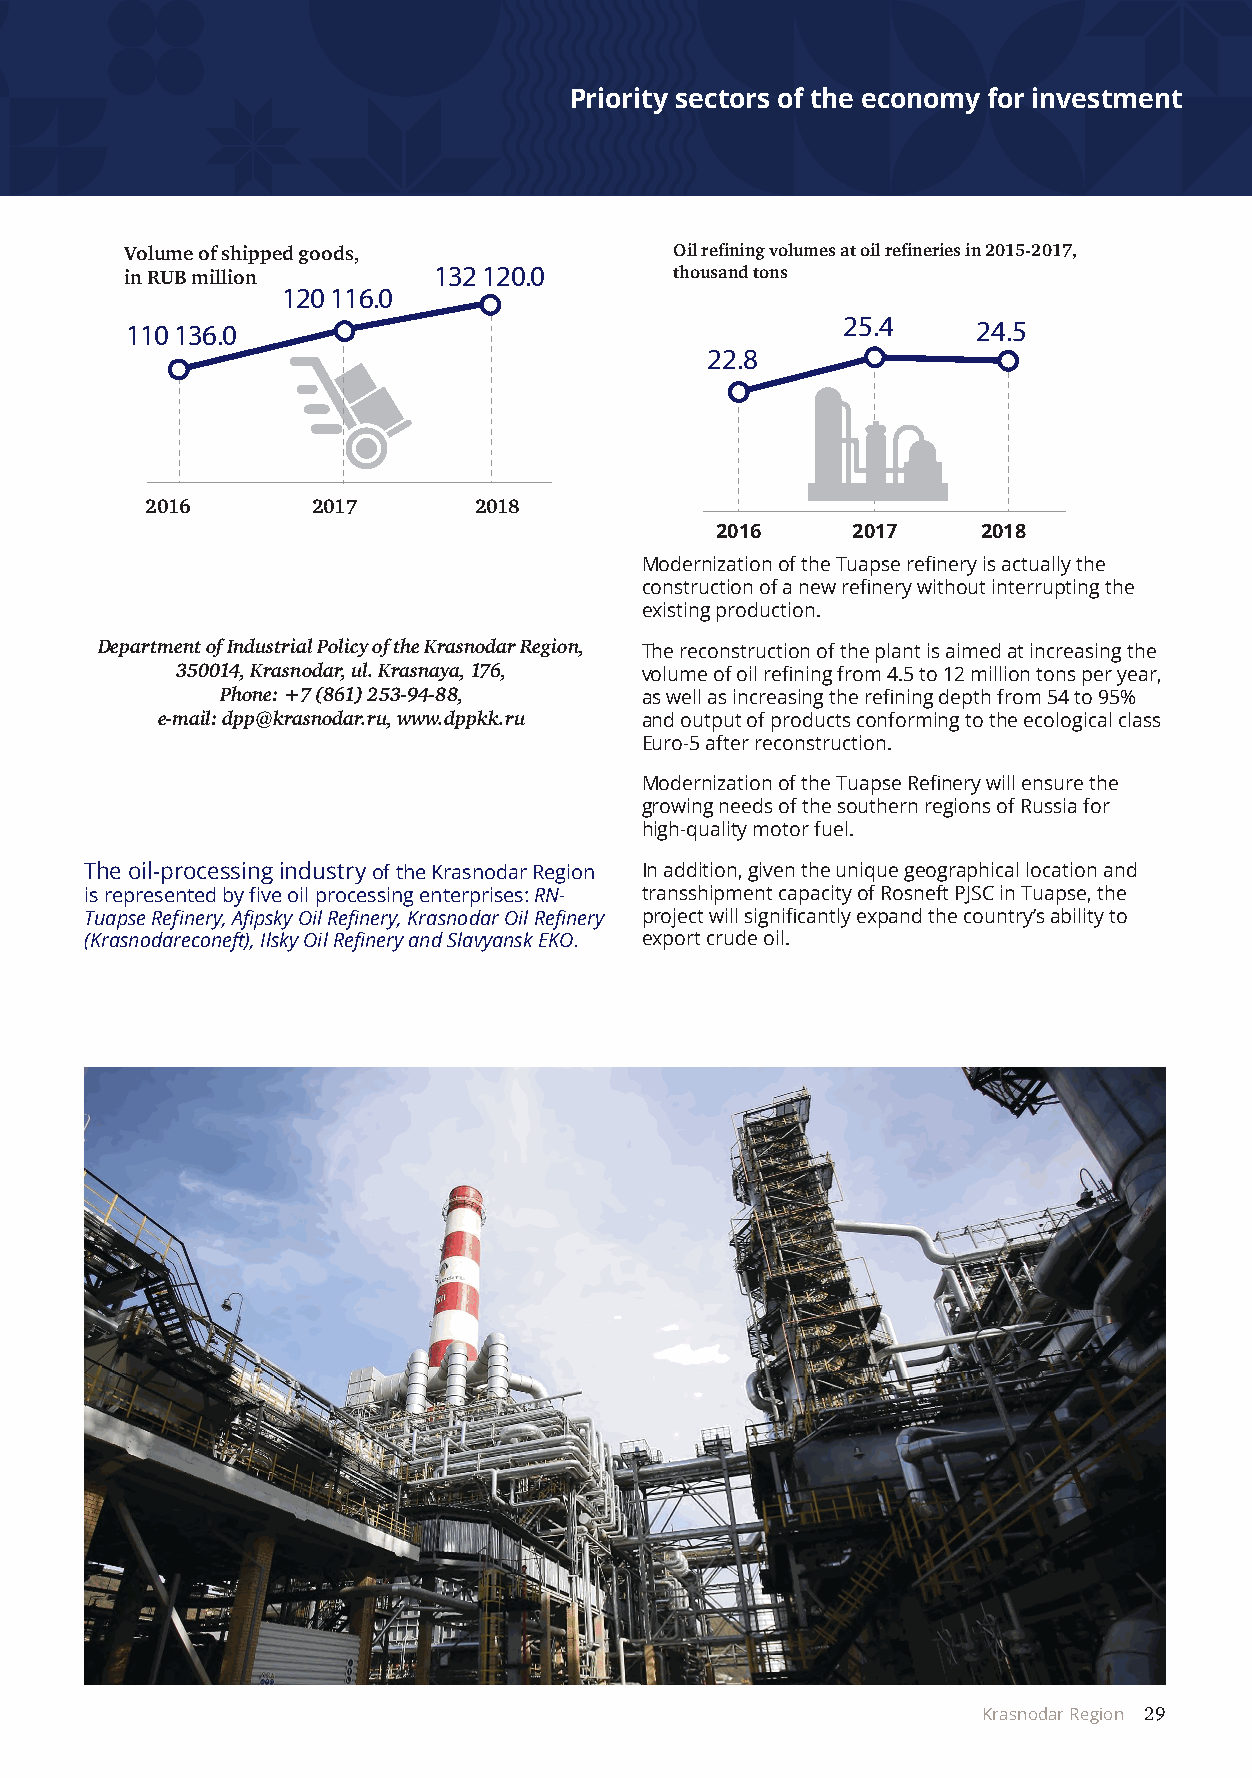
Priority sectors of the economy for investment
 Volume of shipped goods,             Oil refining volumes at oil refineries in 2015-2017,
 in RUB million       132 120.0      Ptrhooduuscatniodn t oinndsex
 120 116.0
 117.8
 110 136.0                 12.2       110.3      25.4     24.5
 100.2
 22.8
 9.1
 6.5
 2016       2017      2018          2015      2016       2017
 2016     2017     2018
 2015         2016        2017
 Modernization of the Tuapse refinery is actually the
 construction of a new refinery without interrupting the
 existing production.
 Department of Industrial Policy of the Krasnodar Region, The reconstruction of th4e p7la2n8t .i4s aimed at increasing the
 1.3%350014, Krasnodar, ul. Kra1 sn.3 ay%a, 176, volu4 m 5 e2 o0 f . o2 il refining from 4.5 to 12 million t4on 4s 1pe5r. 0year,
 Phone:1 +.2 7% (861) 253-94-88, С реднероссийский as well as increasing the refining depth from 54 to 95%
 е-mail: dpp@krasnodar.ru, www.dpуpроkвkе.rнuь and output of products conforming to the ecological class
 Euro-5 after reconstruction.
 0.7%     0.7%     0.7%
 Modernization of the Tuapse Refinery will ensure the
 Krasnodar   growing needs of the southern regions of Russia for
 high-quality motor fuel.
 Region
 The oil-processing industry of the Krasnodar Region In addition, given the unique geographical location and
 is represented by five oil processing enterprises: RN- transshipment capacity of Rosneft PJSC in Tuapse, the
 Tuapse Refinery, Afipsky Oil Refinery, Krasnodar Oil Refinery project will significantly expand the country’s ability to
 (Krasnodareconeft), Ilsky Oil Refinery and Slavyansk EKO. export crude oil.
 2014     2015    2016              2016         2017       2018
 Объем отгруженных товаров, млн. руб. Индекс производства
 6 175.1
 97.7
 89.9
 93.8
 4 118.8  4 125.0
 2016       2017       2018          2016      2017       2018
 103.9
 12 338.7           12 808.1
 85.9
 85.5
 10 647.5
 Krasnodar Region 29
 2016      2017       2018
 2016       2017      2018